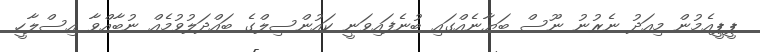
ޕީޕީއެމުން މިއަދު ނެރުނު ނޫސް ބަޔާނެއްގައި ބުނެފައިވަނީ ކައުންސިލްގެ ބައްދަލުވުމެއް ނުބާއްވާ އިސްލާހީ